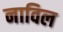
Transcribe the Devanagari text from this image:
नाविल